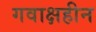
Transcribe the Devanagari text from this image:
गवाक्षहीन